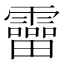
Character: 𩆞